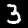
Label: 3